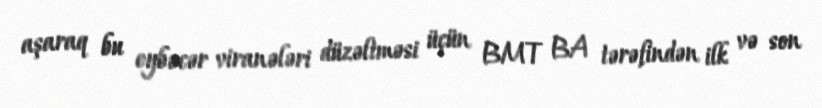
aşaraq bu eybəcər viranələri düzəltməsi üçün BMT BA tərəfindən ilk və son